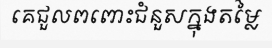
គេជួលពពោះជំនួសក្នុងតម្លៃ